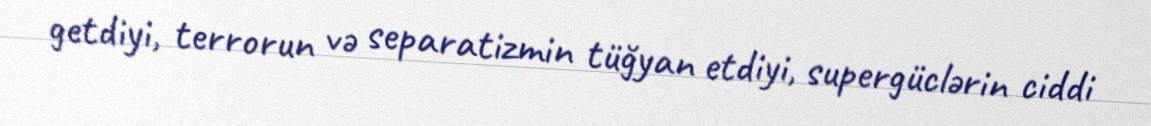
getdiyi, terrorun və separatizmin tüğyan etdiyi, supergüclərin ciddi